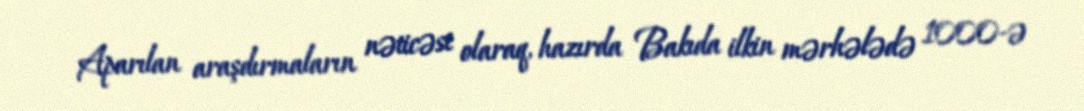
Aparılan araşdırmaların nəticəsi olaraq, hazırda Bakıda ilkin mərhələdə 1000-ə